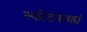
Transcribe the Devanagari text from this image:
स्फोटंवाक्यं